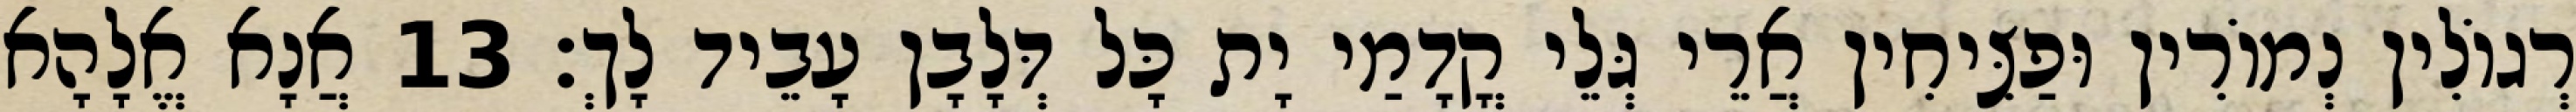
רְגוֹלִין נְמוֹרִין וּפַצִּיחִין אֲרֵי גְּלֵי קֳדָמַי יָת כָּל דְּלָבָן עָבֵיד לָךְ׃ 13 אֲנָא אֱלָהָא